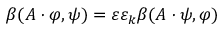
\beta ( A \cdot \varphi , \psi ) = \varepsilon \varepsilon _ { k } \beta ( A \cdot \psi , \varphi )